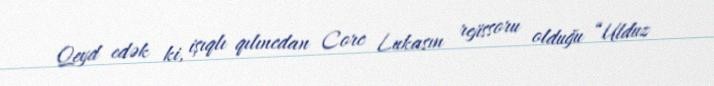
Qeyd edək ki, işıqlı qılıncdan Corc Lukasın rejissoru olduğu “Ulduz